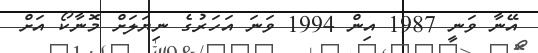
އޭނާ ވަނީ 1987 އިން 1994 ވަނަ އަހަރުގެ ނިޔަަލަށް މޮނާކޯ އަށް